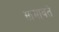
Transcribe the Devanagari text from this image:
सामावते